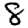
Digit: 8